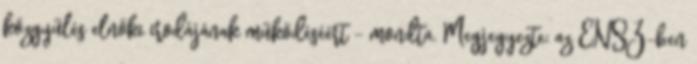
közgyűlés elnöki irodájának működéséért - mondta. Megjegyezte: az ENSZ-ben